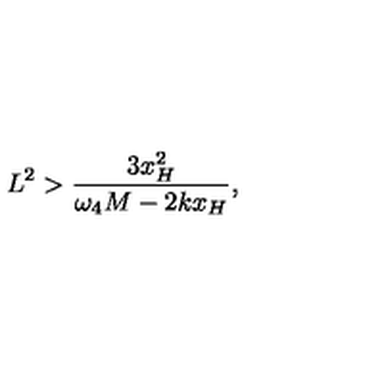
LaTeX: L ^ { 2 } > \frac { 3 x _ { H } ^ { 2 } } { \omega _ { 4 } M - 2 k x _ { H } } ,